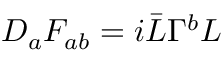
D _ { a } F _ { a b } = i \bar { L } \Gamma ^ { b } L